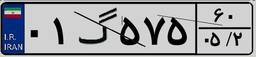
۰۱گ۵۷۵۶۰